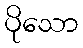
ပိုသော